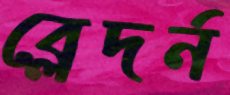
ব্লেদর্ন